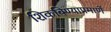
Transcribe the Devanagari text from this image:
शिकविण्याप्रमाणें